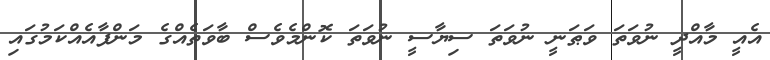
އެއީ މާއްދީ ނުވަތަ ވަޠަނީ ނުވަތަ ސިޔާސީ ނުވަތަ ކޮންމެވެސް ބާވަތެއްގެ މަންފާއެއްކަމުގައި